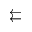
\leftleftarrows